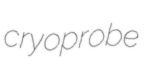
cryoprobe